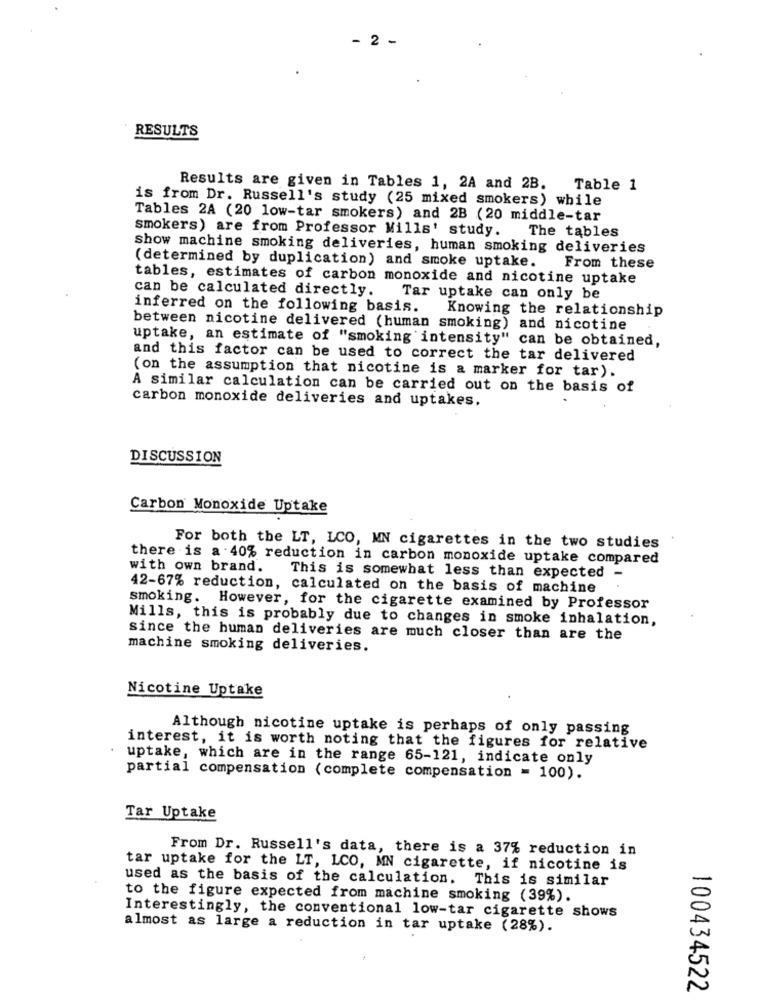
- 2 -
RESULTS
Results are given in Tables 1, 2A and 2B.
Table 1
is from Dr. Russell's study (25 mixed smokers) while
Tables 2A (20 low-tar smokers) and 2B (20 middle-tar
smokers) are from Professor Mills' study. The tables
show machine smoking deliveries, human smoking deliveries
(determined by duplication) and smoke uptake.
From these
tables, estimates of carbon monoxide and nicotine uptake
can be calculated directly.
Tar uptake can only be
inferred on the following basis.
Knowing the relationship
between nicotine delivered (human smoking) and nicotine
uptake, an estimate of "smoking intensity" can be obtained,
and this factor can be used to correct the tar delivered
(on the assumption that nicotine is a marker for tar).
A similar calculation can be carried out on the basis of
carbon monoxide deliveries and uptakes.
DISCUSSION
Carbon Monoxide Uptake
For both the LT, LCO, MN cigarettes in the two studies
there is a 40% reduction in carbon monoxide uptake compared
with own brand.
This is somewhat less than expected
42-67% reduction, calculated on the basis of machine
smoking. However, for the cigarette examined by Professor
Mills, this is probably due to changes in smoke inhalation,
since the human deliveries are much closer than are the
machine smoking deliveries.
Nicotine Uptake
Although nicotine uptake is perhaps of only passing
interest, it is worth noting that the figures for relative
uptake, which are in the range 65-121, indicate only
partial compensation (complete compensation = 100).
Tar Uptake
From Dr. Russell's data, there is a 37% reduction in
tar uptake for the LT, LCO, MN cigarette, if nicotine is
used as the basis of the calculation. This is similar
to the figure expected from machine smoking (39%).
Interestingly, the conventional low-tar cigarette shows
almost as large a reduction in tar uptake (28%).
100434522